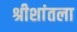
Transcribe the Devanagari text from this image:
श्रीशांतला